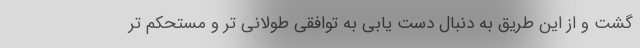
گشت و از این طریق به دنبال دست یابی به توافقی طولانی تر و مستحکم تر